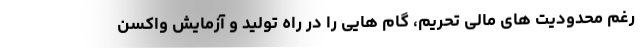
رغم محدودیت های مالی تحریم، گام هایی را در راه تولید و آزمایش واکسن